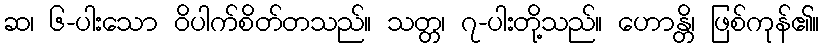
ဆ၊ ၆-ပါးသော ဝိပါက်စိတ်တသည်။ သတ္တ၊ ၇-ပါးတို့သည်။ ဟောန္တိ၊ ဖြစ်ကုန်၏။